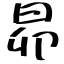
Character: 昴